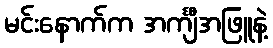
မင်းနောက်က အင်္ကျီအဖြူနဲ့